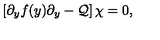
\left[ \partial _ { y } f ( y ) \partial _ { y } - { \cal Q } \right] \chi = 0 ,